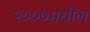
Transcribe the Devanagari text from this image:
२००७मधील